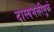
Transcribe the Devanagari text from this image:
दास्यभक्तीमुळे